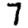
Digit: 7